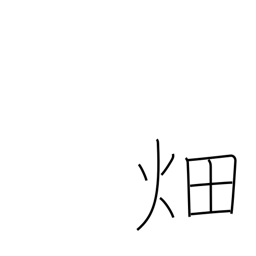
Meaning: field